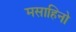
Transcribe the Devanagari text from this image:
मसाहिनो